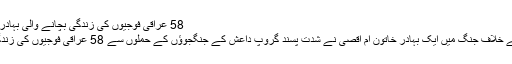
58 عراقی فوجیوں کی زندگی بچانے والی بہادر خاتون brave iraq mother
دبئی: عراق میں دہشت گردی کے خلاف جنگ میں ایک بہادر خاتون ام اقصیٰ نے شدت پسند گروپ داعش کے جنگجوؤں کے حملوں سے 58 عراقی فوجیوں کی زندگیاں بچانے میں اہم کردار ادا کیا۔